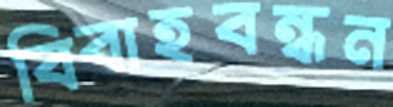
বিবাহবন্ধন